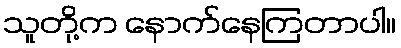
သူတို့က နောက်နေကြတာပါ။